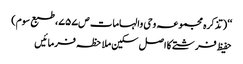
‘‘ (تذکرہ مجموعہ وحی والہامات ص۷۵۷، طبع سوم)
حفیظ فرشتے کا اصل سکین ملاحظہ فرمائیں